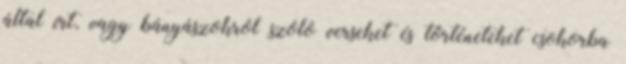
által írt, vagy bányászokról szóló verseket és történeteket csokorba